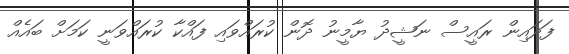
ފަދައިން ރައީސް ނަޝީދު ޔާމީނު ދޮން ކުރައްވައި ފައްކާ ކުރައްވަނީ ކަމަށް ބައެއް